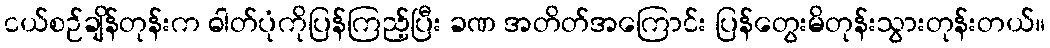
ငယ်စဉ်ချိန်တုန်းက ဓါတ်ပုံကိုပြန်ကြည့်ပြီး ခဏ အတိတ်အကြောင်း ပြန်တွေးမိတုန်းသွားတုန်းတယ်။